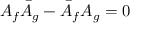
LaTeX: A _ { f } \bar { A } _ { g } - \bar { A } _ { f } A _ { g } = 0